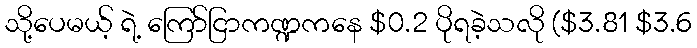
သို့ပေမယ့် ရဲ့ ကြော်ငြာကဏ္ဍကနေ $0.2 ပိုရခဲ့သလို ($3.81 $3.6